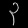
Digit: ၃